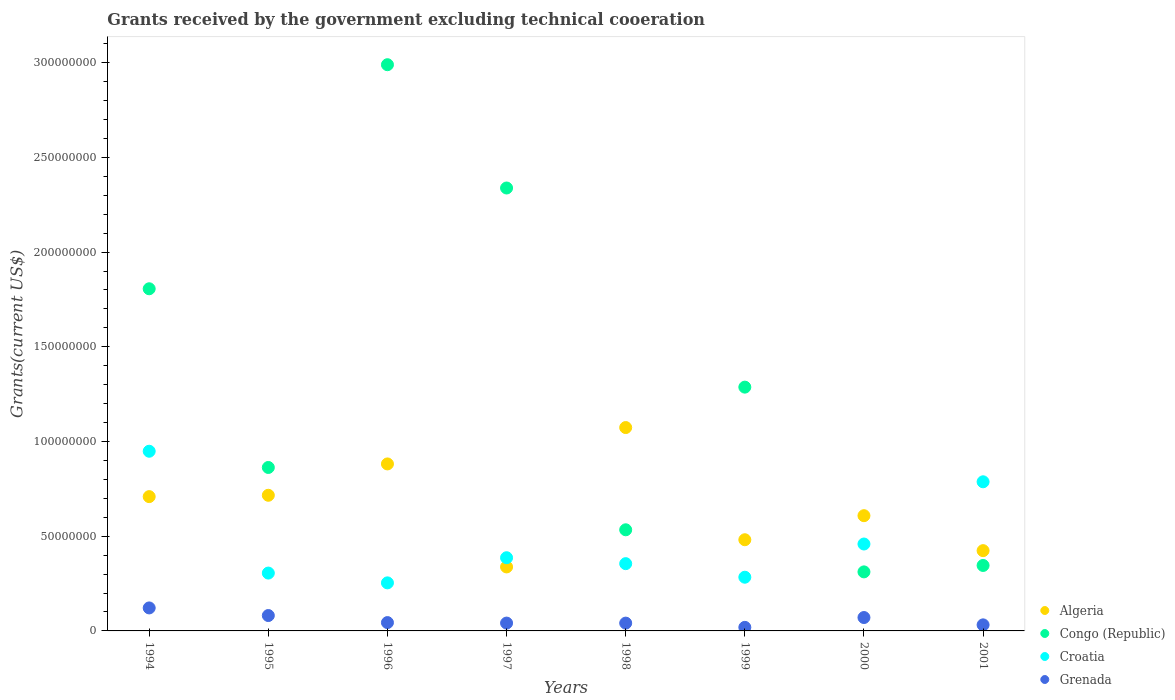
| Years | Algeria | Congo (Republic) | Croatia | Grenada |
 | --- | --- | --- | --- | --- |
 | 1994 | 7.09e+07 | 1.81e+08 | 9.49e+07 | 1.21e+07 |
 | 1995 | 7.16e+07 | 8.63e+07 | 3.05e+07 | 8.12e+06 |
 | 1996 | 8.82e+07 | 2.99e+08 | 2.54e+07 | 4.4e+06 |
 | 1997 | 3.38e+07 | 2.34e+08 | 3.86e+07 | 4.14e+06 |
 | 1998 | 1.07e+08 | 5.34e+07 | 3.55e+07 | 4.12e+06 |
 | 1999 | 4.81e+07 | 1.29e+08 | 2.84e+07 | 1.88e+06 |
 | 2000 | 6.08e+07 | 3.12e+07 | 4.59e+07 | 7.07e+06 |
 | 2001 | 4.24e+07 | 3.46e+07 | 7.87e+07 | 3.2e+06 |